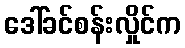
ဒေါ်ခင်စန်းလှိုင်က